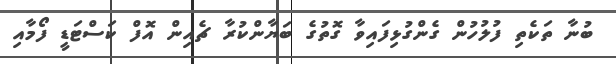
ބުނާ ތަކެތި ފުލުހުން ގެންގުޅިފައިވާ ގޮތުގެ ބަޔާންކުރާ ޗެއިން އޮފް ކަސްޓަޑީ ފޯމާއި